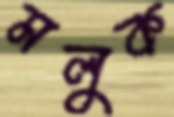
মলুক